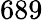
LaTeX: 689